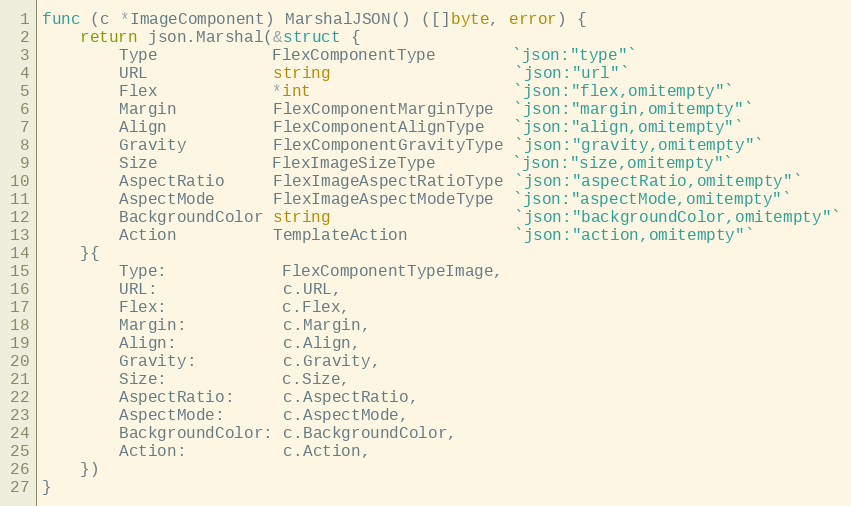
Language: Go
func (c *ImageComponent) MarshalJSON() ([]byte, error) {
	return json.Marshal(&struct {
		Type            FlexComponentType        `json:"type"`
		URL             string                   `json:"url"`
		Flex            *int                     `json:"flex,omitempty"`
		Margin          FlexComponentMarginType  `json:"margin,omitempty"`
		Align           FlexComponentAlignType   `json:"align,omitempty"`
		Gravity         FlexComponentGravityType `json:"gravity,omitempty"`
		Size            FlexImageSizeType        `json:"size,omitempty"`
		AspectRatio     FlexImageAspectRatioType `json:"aspectRatio,omitempty"`
		AspectMode      FlexImageAspectModeType  `json:"aspectMode,omitempty"`
		BackgroundColor string                   `json:"backgroundColor,omitempty"`
		Action          TemplateAction           `json:"action,omitempty"`
	}{
		Type:            FlexComponentTypeImage,
		URL:             c.URL,
		Flex:            c.Flex,
		Margin:          c.Margin,
		Align:           c.Align,
		Gravity:         c.Gravity,
		Size:            c.Size,
		AspectRatio:     c.AspectRatio,
		AspectMode:      c.AspectMode,
		BackgroundColor: c.BackgroundColor,
		Action:          c.Action,
	})
}